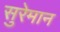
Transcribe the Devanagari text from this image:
सुरेमान